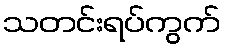
သတင်းရပ်ကွက်